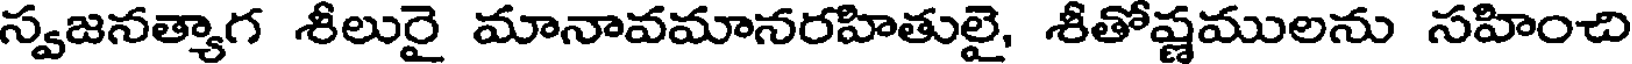
స్వజనత్యాగ శీలురై మానావమానరహితులై, శీతోష్ణములను సహించి